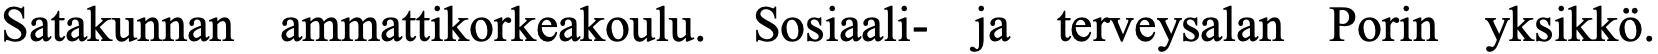
Satakunnan ammattikorkeakoulu. Sosiaali- ja terveysalan Porin yksikkö.